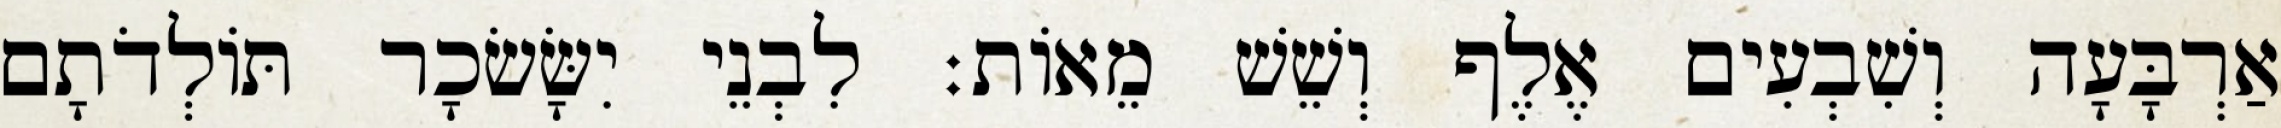
אַרְבָּעָה וְשִׁבְעִים אֶלֶף וְשֵׁשׁ מֵאוֹת׃ לִבְנֵי יִשָּׂשׂכָר תּוֹלְדֹתָם